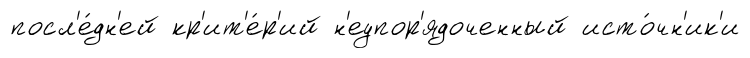
посл'е́дн'ей кр'ит'е́р'ий н'еупор'ядоченный исто́чн'ик'и